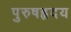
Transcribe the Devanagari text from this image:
पुरुषहृदय